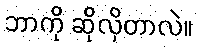
ဘာကို ဆိုလိုတာလဲ။